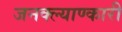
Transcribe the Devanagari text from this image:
जनक्ल्याण्कारी